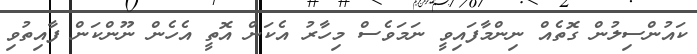
ކައުންސިލުން ގޮތެއް ނިންމާފައިވީ ނަމަވެސް މިހާރު އެކަން އޮތީ އެހެން ނޫންކަން ފާއިތުވި